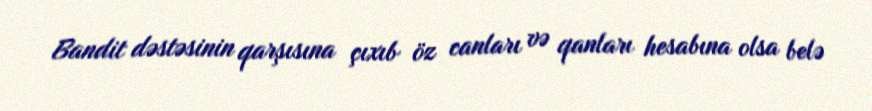
Bandit dəstəsinin qarşısına çıxıb öz canları və qanları hesabına olsa belə